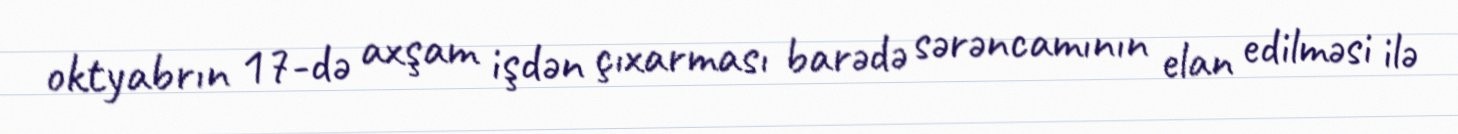
oktyabrın 17-də axşam işdən çıxarması barədə sərəncamının elan edilməsi ilə